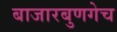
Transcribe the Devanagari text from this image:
बाजारबुणगेच